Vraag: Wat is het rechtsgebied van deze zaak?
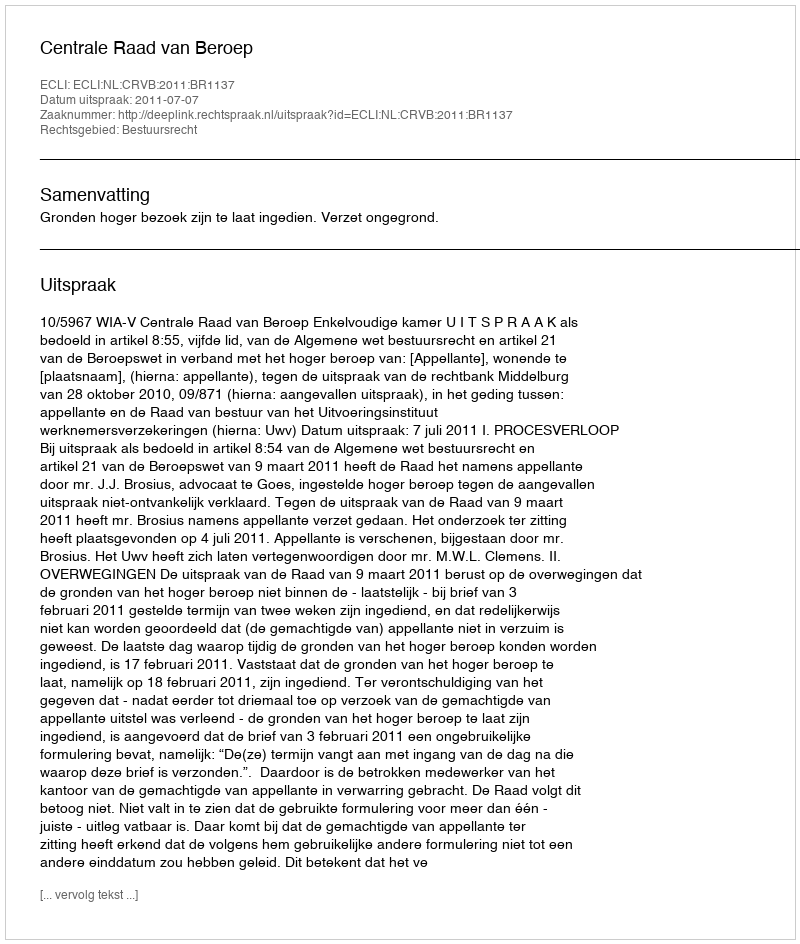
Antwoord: Bestuursrecht